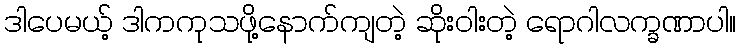
ဒါပေမယ့် ဒါကကုသဖို့နောက်ကျတဲ့ ဆိုးဝါးတဲ့ ရောဂါလက္ခဏာပါ။